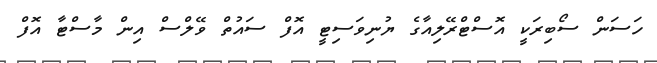
ހަސަން ސޯބިރަކީ އޮސްޓްރޭލިއާގެ ޔުނިވަސިޓީ އޮފް ސައުތް ވޭލްސް އިން މާސްޓާ އޮފް